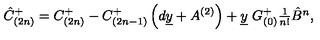
\hat { C } _ { ( 2 n ) } ^ { + } = C _ { ( 2 n ) } ^ { + } - C _ { ( 2 n - 1 ) } ^ { + } \left( d \underline { { y } } + A ^ { ( 2 ) } \right) + \underline { { y } } \ G _ { ( 0 ) } ^ { + } \textstyle { \frac { 1 } { n ! } } \hat { B } ^ { n } ,